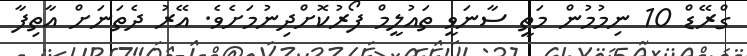
ގްރޭޑް 10 ނިމުމުން މަތީ ސާނަވީ ތައުލީމް ފޯރުކޮށްދިނުމަށެވެ. އޭރު ދެތަނަށް އާތިފާ